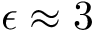
\epsilon \approx 3